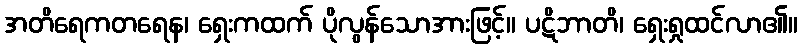
အတိရေကတရေန၊ ရှေးကထက် ပိုလွန်သောအားဖြင့်။ ပဋိဘာတိ၊ ရှေးရှုထင်လာ၏။